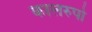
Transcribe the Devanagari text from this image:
कालरुपो